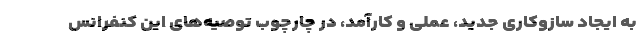
به ایجاد سازوکاری جدید، عملی و کارآمد، در چارچوب توصیه‌های این کنفرانس